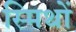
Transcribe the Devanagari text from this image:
स्मिथों